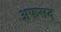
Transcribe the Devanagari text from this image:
अफसद